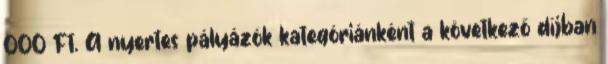
000 Ft. A nyertes pályázók kategóriánként a következő díjban